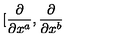
\lbrack \frac { \partial } { \partial x ^ { a } } , \frac { \partial } { \partial x ^ { b } }